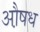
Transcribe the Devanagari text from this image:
औ़षध